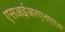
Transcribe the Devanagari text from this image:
एसआईआरएनएएस